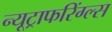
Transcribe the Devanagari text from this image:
न्यूट्राफरिंग्ल्स